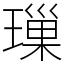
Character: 璅